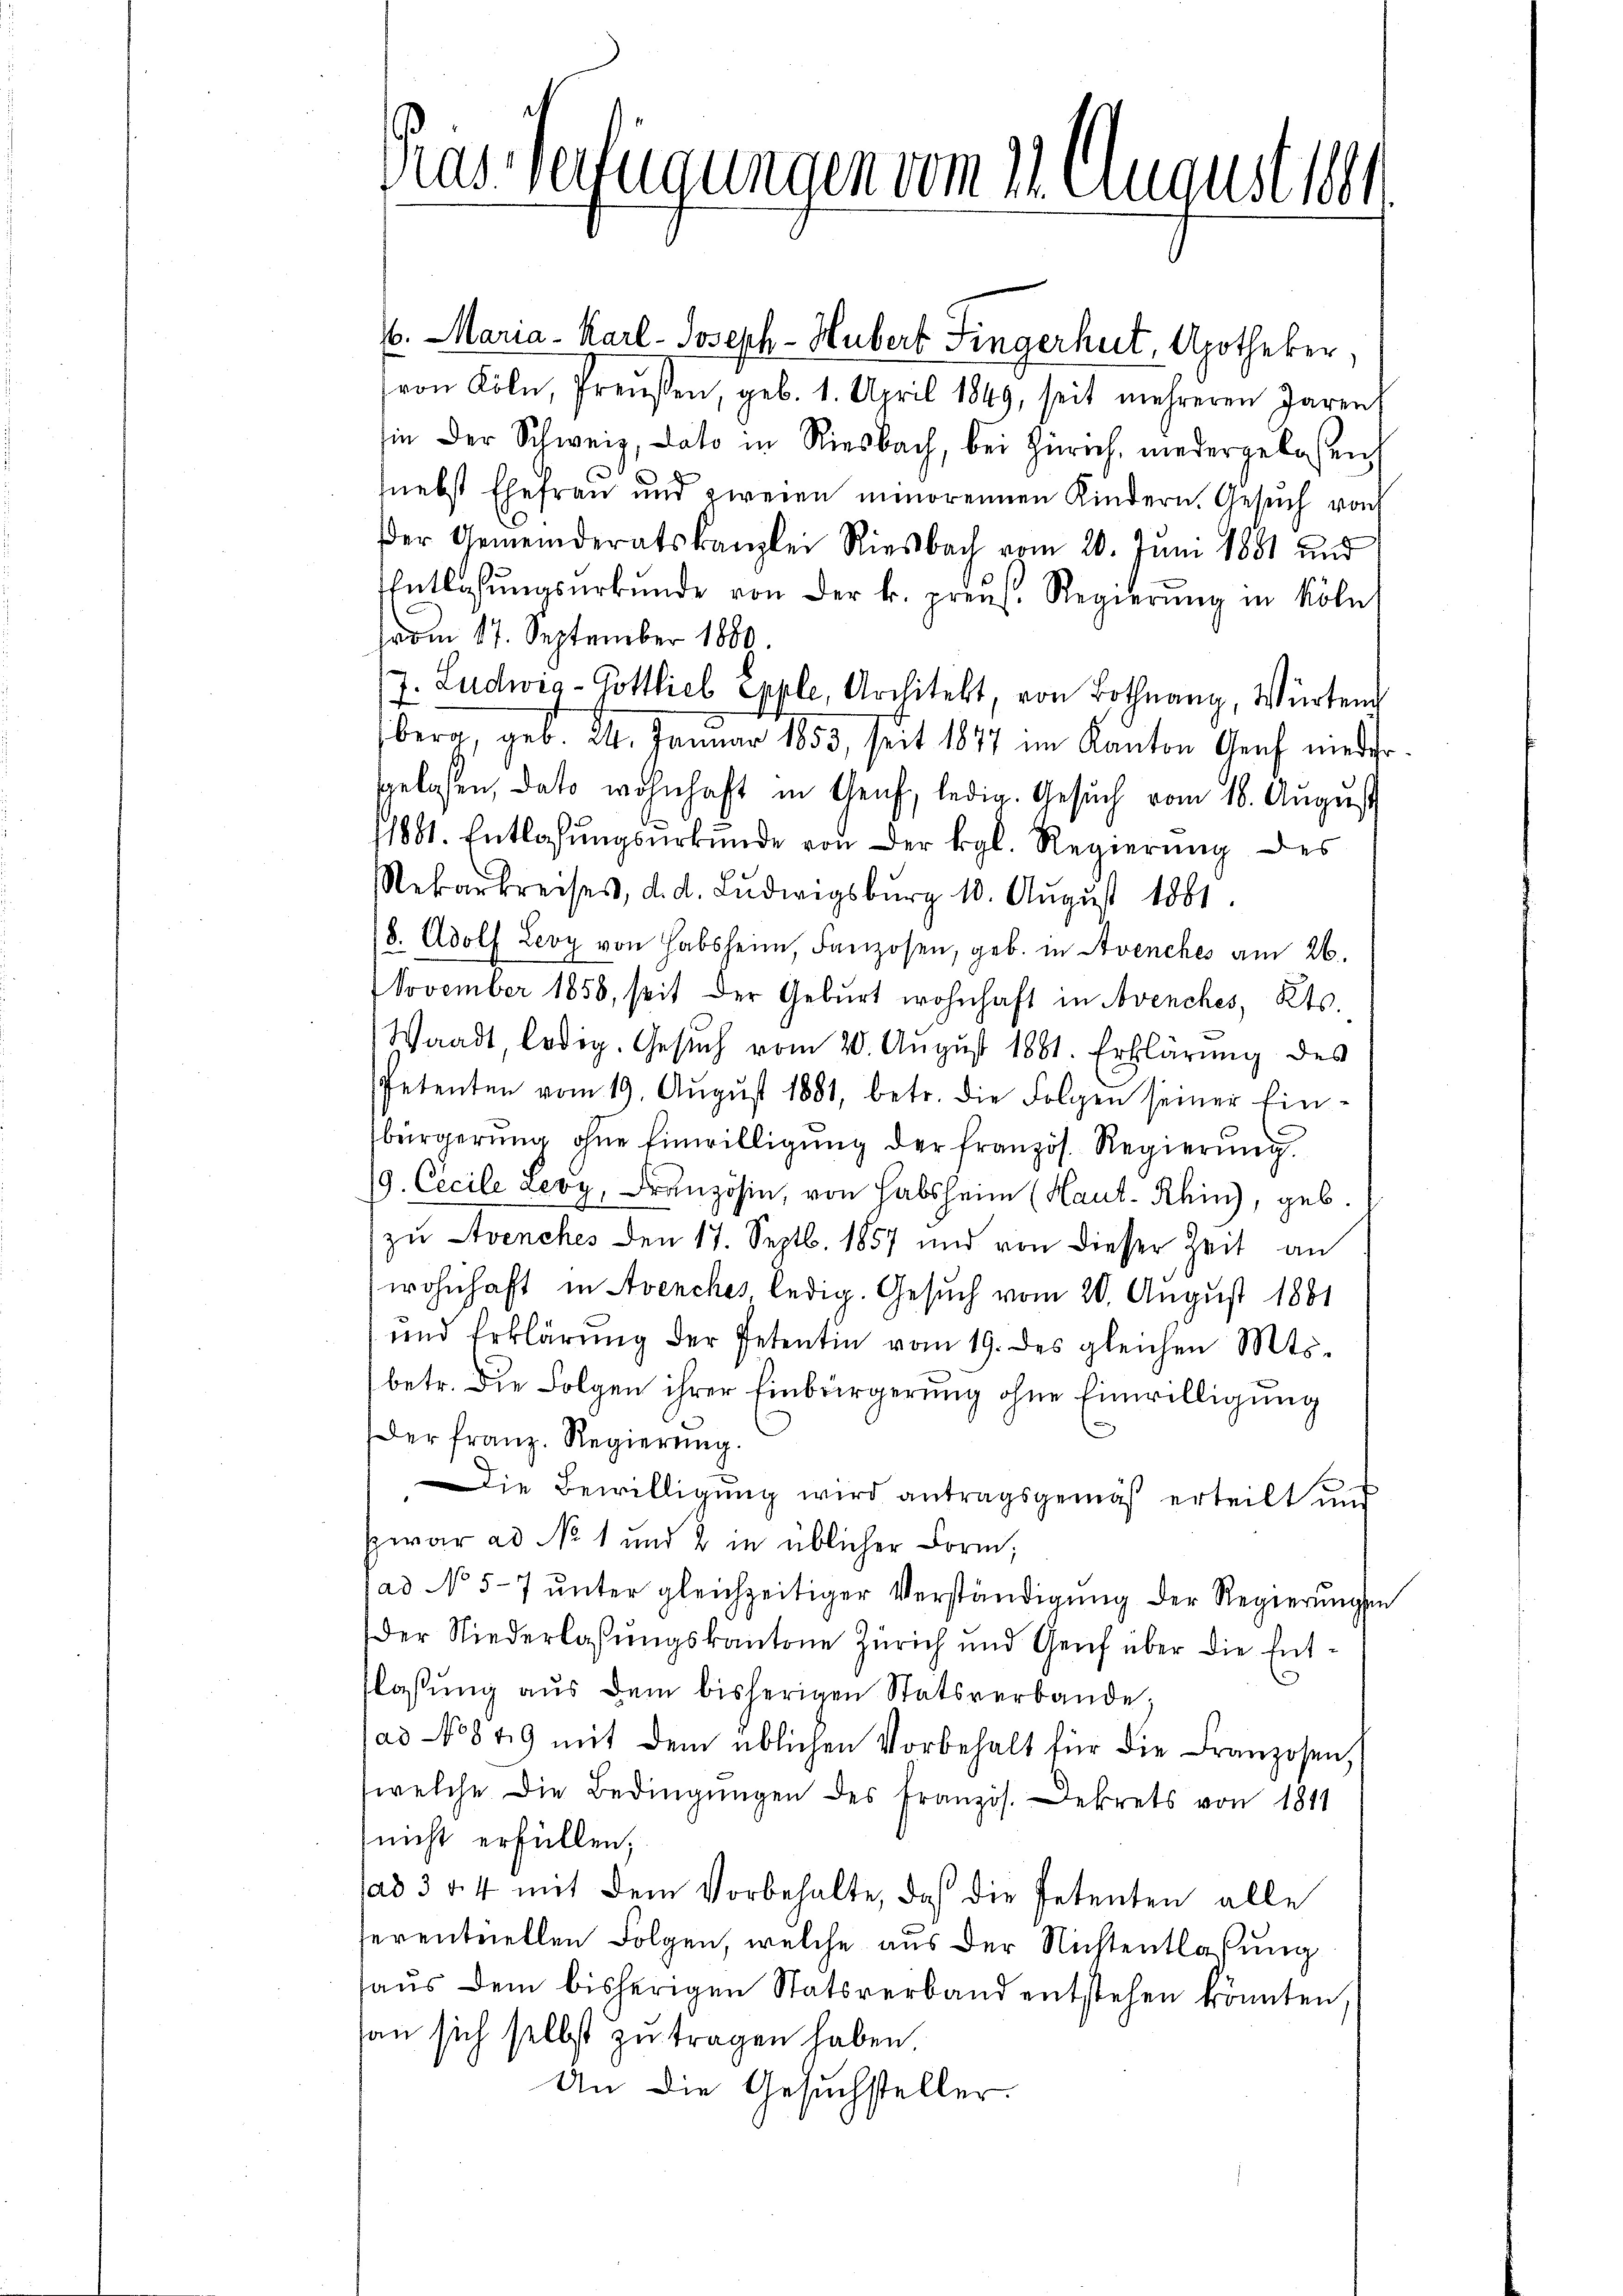
Das Verfügungen vom 11. August 1881

6. Maria - Karl Joseph Hubert Fingerhut, Apotheker,
von Köln, Preußen, geb. 1. April 1849, seit mehreren Jarent
in der Schweiz, Lato in Riesbach, bei Zürich, niedergelassen,
hnebst Ehefrau und zweien minorennen Kindern. Gesuch von
Der Gemeinderatskanzlei Riesbach vom 20. Jŭni 1881 und
Entlassŭngsŭrkŭnde von der k. prenz. Regierŭng in Köln
vom 17. September 1889.
7. Ludwig - Gottlieb Epple, Architekt von Bothnang, Würten
sberg, geb. 24. Januar 1853, seit 1877 im Kanton Genf niedergelassen, dato wohnhaft in Genf, ledig. Gesuch vom 16. August
1881. Entlassŭngsŭrkŭnde von der Kgl. Regierŭng des
Rekarkreises, d. d. Ludwigsburg 10. Aŭgŭst 1881.
(8. Adolf Leoy von Habsheim, Fanzosen, geb. in Avenches am 26.
NNovember 1858, seit der Geburt wohnhaft in Avenches, Kts.
Waadt, ledig. Gesŭch vom 20. August 1881. Erklärung des
Petenten vom 19. Aŭgŭst 1881, betr. die Folgen seiner Ein-
bürgerŭng ohne Einwilligŭng der französ. Regierung
/9. Cecile Leoy, Französin, von habsheim (Haut- Rhin), geb.
zu Avenches den 17. Septb. 1857 und von dieser Zeit an
wohnhaft in Avenches ledig. Gesuch vom 20. August 1881
und Erklärung der Petentin vom 19. des gleichen Mts.
betr. die Folgen ihrer Einbürgerung ohne Einwilligung
e
Der franz. Regierung.
Die Bewilligung wird antragsgemäß erteilt und
swrar ad No 1 und 2 in üblicher Form;
ad No 5-7 ŭnter gleichzeitiger Verständigŭng der Regierŭngen
der Niederlassŭngskantone Zürich und Genf über die Ent-
flassŭng aŭs dem bisherigen Statsverbande;
ad No 849 mit dem üblichen Vorbehalt für die Franzosen,
welche die Bedingŭngen des Französ. Dekrets von 1811
nicht erfüllen;
sad 354 mit dem Vorbehalte, daß die Petenten alle
serentuellen Folgen, welche aus der Nichtentlaßung
haŭs dem bisherigen Statsverband entstehen könnten,
an sich selbst zu tragen haben.
An die Gesuchsteller.